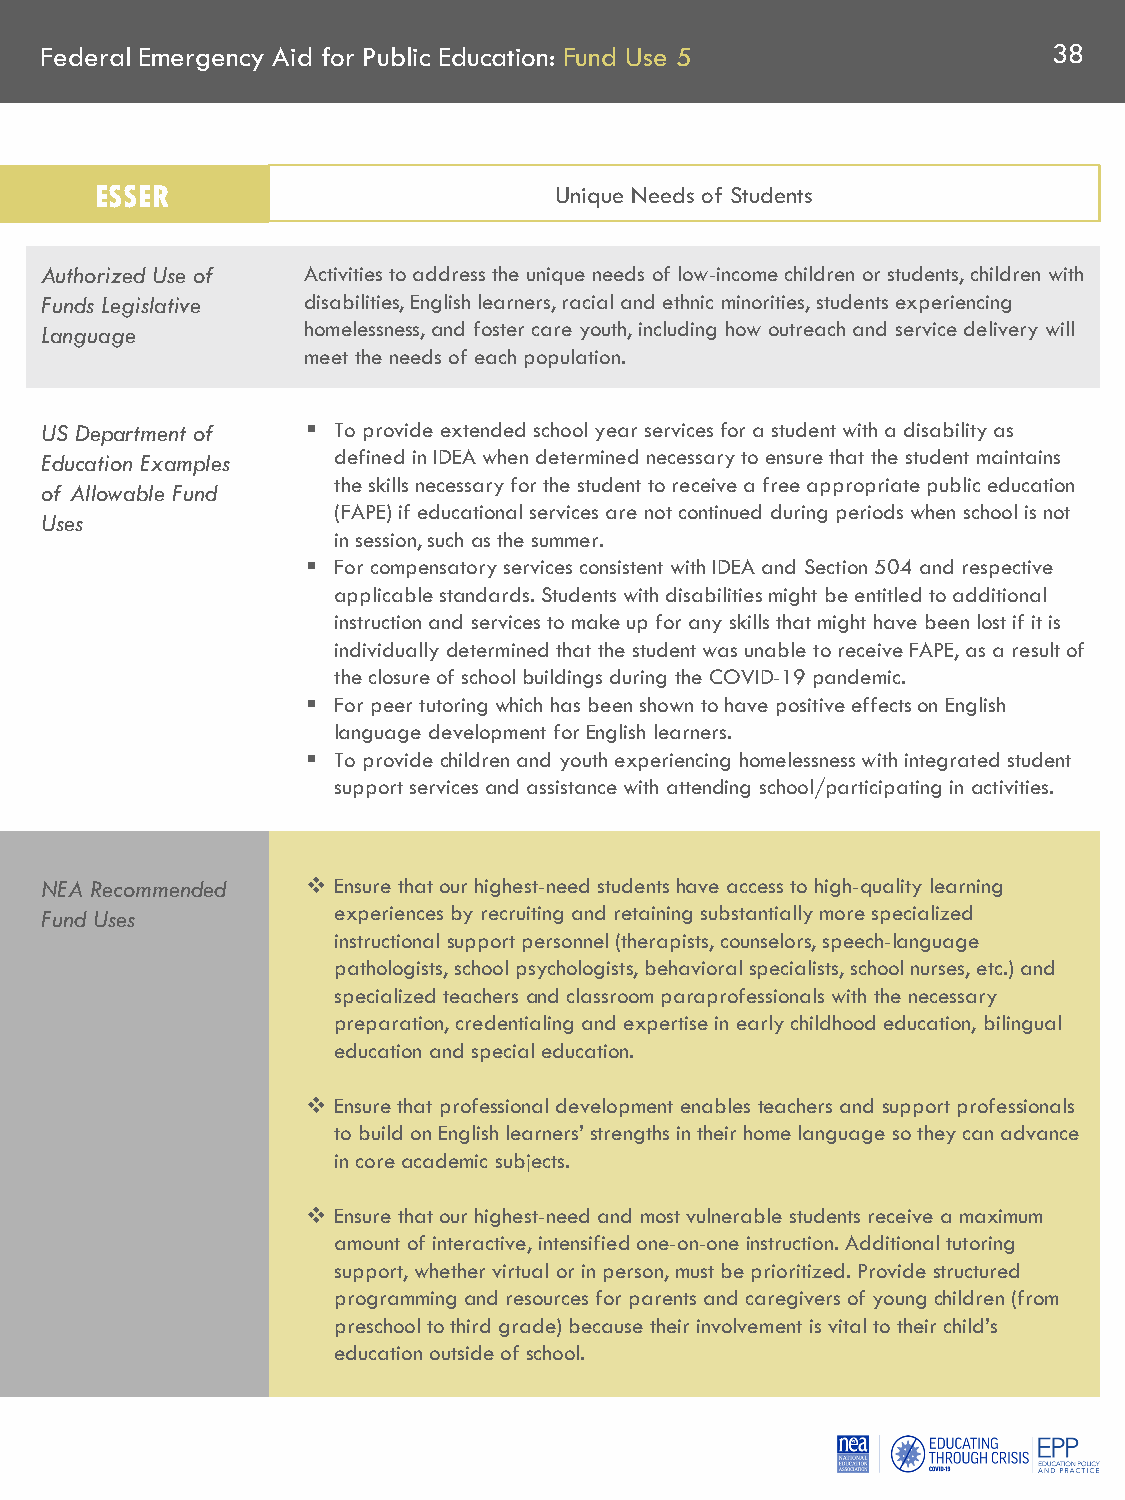
Federal Emergency Aid for Public Education: Fund Use 5             38
 ESSER                          Unique Needs of Students
 Authorized Use of Activities to address the unique needs of low-income children or students, children with
 Funds Legislative disabilities, English learners, racial and ethnic minorities, students experiencing
 Language         homelessness, and foster care youth, including how outreach and service delivery will
 meet the needs of each population.
 US Department of  To provide extended school year services for a student with a disability as
 Education Examples defined in IDEA when determined necessary to ensure that the student maintains
 the skills necessary for the student to receive a free appropriate public education
 of Allowable Fund
 (FAPE) if educational services are not continued during periods when school is not
 Uses
 in session, such as the summer.
  For compensatory services consistent with IDEA and Section 504 and respective
 applicable standards. Students with disabilities might be entitled to additional
 instruction and services to make up for any skills that might have been lost if it is
 individually determined that the student was unable to receive FAPE, as a result of
 the closure of school buildings during the COVID-19 pandemic.
  For peer tutoring which has been shown to have positive effects on English
 language development for English learners.
  To provide children and youth experiencing homelessness with integrated student
 support services and assistance with attending school/participating in activities.
 NEA Recommended   Ensure that our highest-need students have access to high-quality learning
 Fund Uses          experiences by recruiting and retaining substantially more specialized
 instructional support personnel (therapists, counselors, speech-language
 pathologists, school psychologists, behavioral specialists, school nurses, etc.) and
 specialized teachers and classroom paraprofessionals with the necessary
 preparation, credentialing and expertise in early childhood education, bilingual
 education and special education.
  Ensure that professional development enables teachers and support professionals
 to build on English learners’ strengths in their home language so they can advance
 in core academic subjects.
  Ensure that our highest-need and most vulnerable students receive a maximum
 amount of interactive, intensified one-on-one instruction. Additional tutoring
 support, whether virtual or in person, must be prioritized. Provide structured
 programming and resources for parents and caregivers of young children (from
 preschool to third grade) because their involvement is vital to their child’s
 education outside of school.